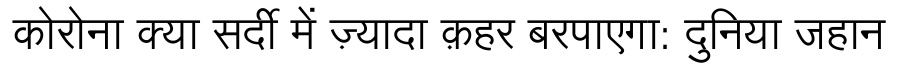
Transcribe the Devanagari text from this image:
कोरोना क्या सर्दी में ज़्यादा क़हर बरपाएगा: दुनिया जहान